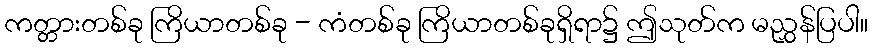
ကတ္တားတစ်ခု ကြိယာတစ်ခု - ကံတစ်ခု ကြိယာတစ်ခုရှိရာ၌ ဤသုတ်က မညွှန်ပြပါ။